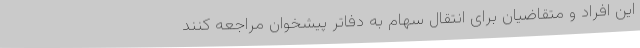
این افراد و متقاضیان برای انتقال سهام به دفاتر پیشخوان مراجعه کنند